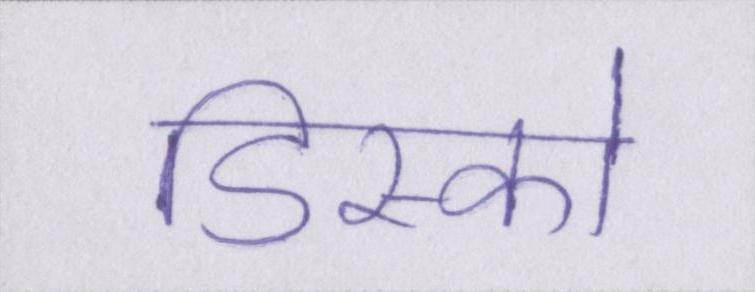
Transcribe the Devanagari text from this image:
डिस्को